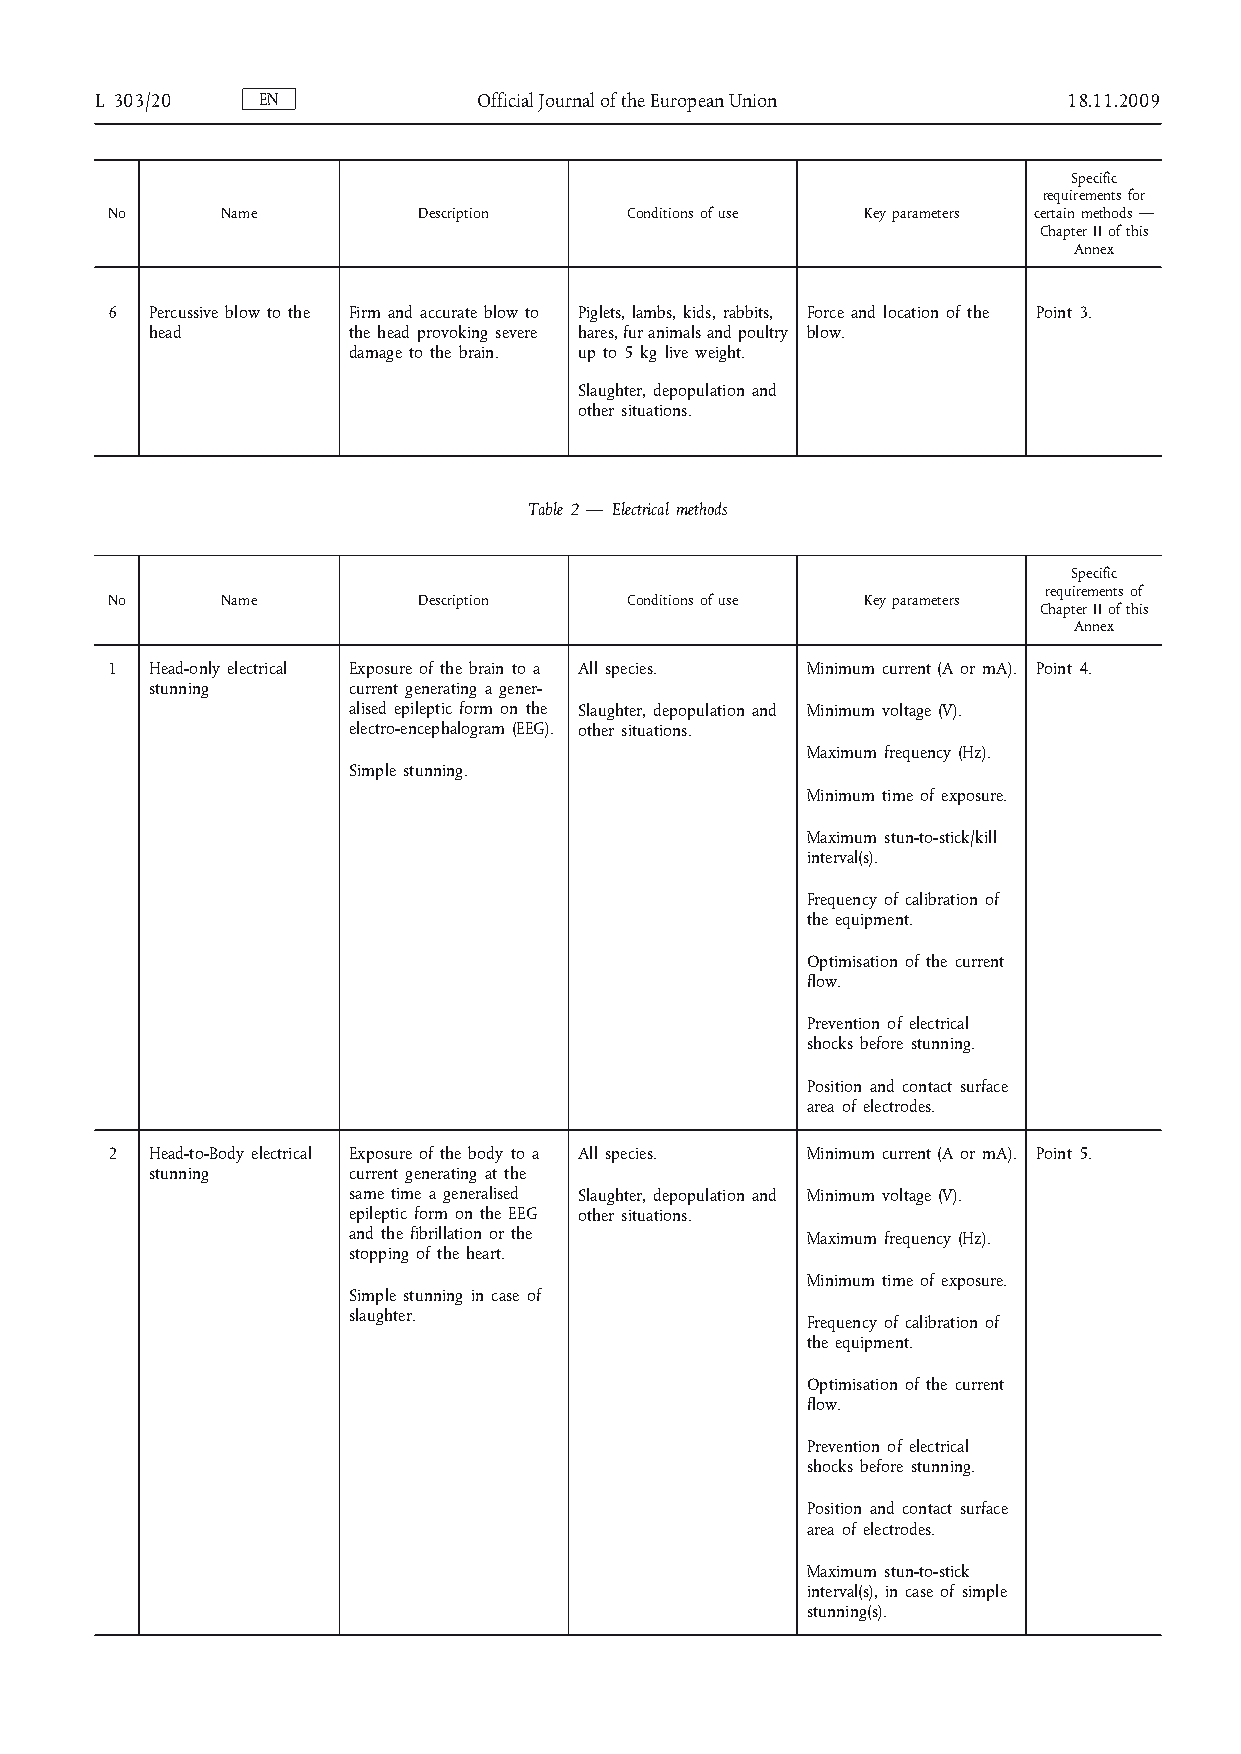
L 303/20   EN             Official Journal of the European Union 18.11.2009
 Specific
 requirements for
 No      Name         Description   Conditions of use Key parameters certain methods —
 Chapter II of this
 Annex
 6  Percussive blow to the Firm and accurate blow to Piglets, lambs, kids, rabbits, Force and location of the Point 3.
 head         the head provoking severe hares, fur animals and poultry blow.
 damage to the brain. up to 5 kg live weight.
 Slaughter, depopulation and
 other situations.
 Table 2 — Electrical methods
 Specific
 requirements of
 No      Name         Description   Conditions of use Key parameters
 Chapter II of this
 Annex
 1  Head-only electrical Exposure of the brain to a All species. Minimum current (A or mA). Point 4.
 stunning     current generating a gener­
 alised epileptic form on the Slaughter, depopulation and Minimum voltage (V).
 electro-encephalogram (EEG). other situations.
 Maximum frequency (Hz).
 Simple stunning.
 Minimum time of exposure.
 Maximum stun-to-stick/kill
 interval(s).
 Frequency of calibration of
 the equipment.
 Optimisation of the current
 flow.
 Prevention of electrical
 shocks before stunning.
 Position and contact surface
 area of electrodes.
 2  Head-to-Body electrical Exposure of the body to a All species. Minimum current (A or mA). Point 5.
 stunning     current generating at the
 same time a generalised Slaughter, depopulation and Minimum voltage (V).
 epileptic form on the EEG other situations.
 and the fibrillation or the   Maximum frequency (Hz).
 stopping of the heart.
 Minimum time of exposure.
 Simple stunning in case of
 slaughter.
 Frequency of calibration of
 the equipment.
 Optimisation of the current
 flow.
 Prevention of electrical
 shocks before stunning.
 Position and contact surface
 area of electrodes.
 Maximum stun-to-stick
 interval(s), in case of simple
 stunning(s).